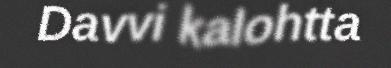
Davvi kalohtta